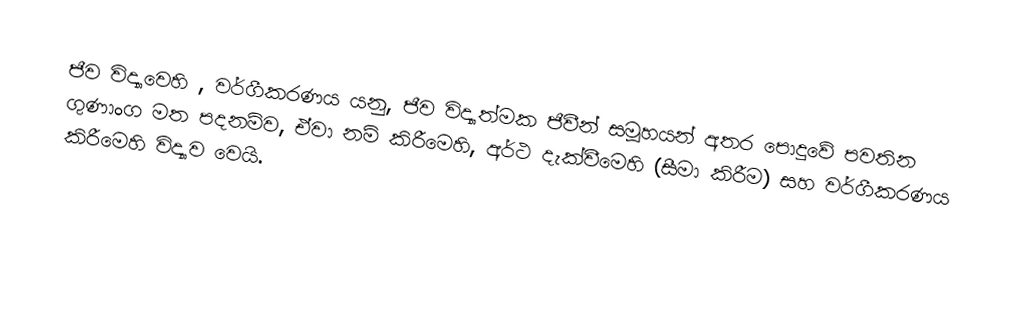
ජීව විද්‍යාවෙහි , වර්ගීකරණය යනු,  ජීව විද්‍යාත්මක ජීවීන්  සමූහයන් අතර පොදුවේ පවතින ගුණාංග මත පදනම්ව, ඒවා නම් කිරීමෙහි, අර්ථ දැක්වීමෙහි (සීමා කිරීම) සහ වර්ගීකරණය කිරීමෙහි විද්‍යාව  වෙයි.